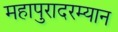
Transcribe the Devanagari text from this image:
महापुरादरम्यान